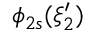
\phi _ { 2 s } ( \xi _ { 2 } ^ { \prime } )